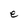
Character: e